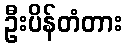
ဦးပိန်တံတား